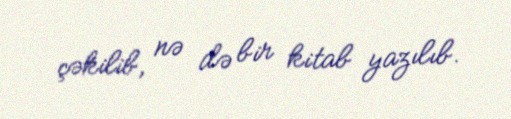
çəkilib, nə də bir kitab yazılıb.